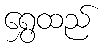
ရွှေထည်